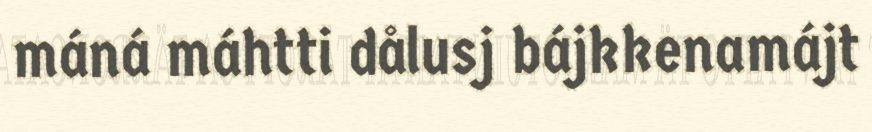
máná máhtti dålusj bájkkenamájt